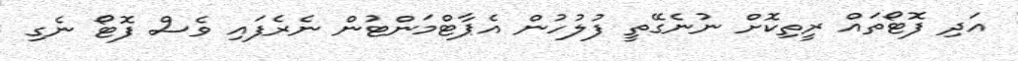
އަދި ފޮޓޯތައް ރީތިކޮށް ނުނެގޭތީ ފުލުހުން އެޕާޓްމަންޓުން ނެރެފައި ވެސް ފޮޓޯ ނެގި